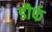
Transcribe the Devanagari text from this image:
डौर्फ